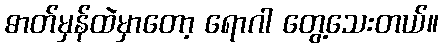
ဓာတ်မှန်ထဲမှာတော့ ရောဂါ တွေ့သေးတယ်။